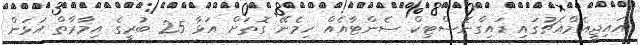
އައިޖީއެމްއެޗުގައި ޑައިގްނޮސްޓިކް ސެންޓާއެއް ހިމެނޭ ގޮތަށް އަޅާ 25 ބުރީގެ އިމާރާތް އަޅަން